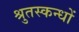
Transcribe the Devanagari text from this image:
श्रुतस्कन्धों